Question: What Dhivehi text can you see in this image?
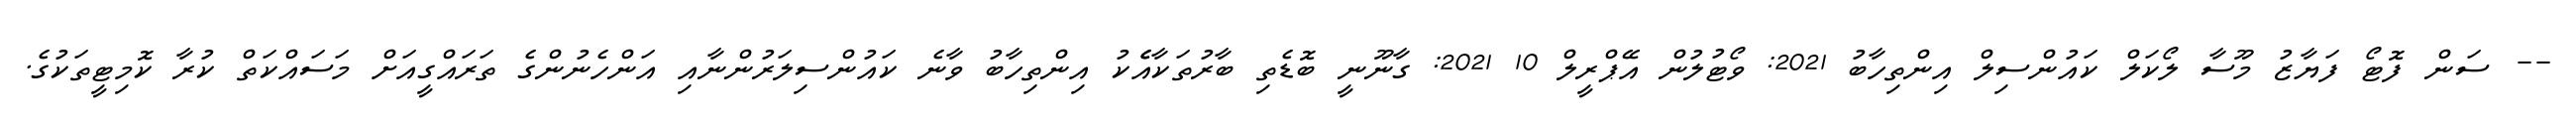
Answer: -- ސަން ފޮޓޯ ފަޔާޒު މޫސާ ލޯކަލް ކައުންސިލް އިންތިހާބު 2021: ވޯޓުލުން އޭޕްރީލް 10 2021: ގާނޫނީ ބޮޑެތި ބާރުތަކާއެެކު އިންތިހާބު ވާނެ ކައުންސިލަރުންނާއި އަންހެނުންގެ ތަރައްގީއަށް މަސައްކަތް ކުރާ ކޮމިޓީތަކުގެ.